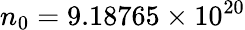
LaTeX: n_{0}=9.18765\times 10^{20}